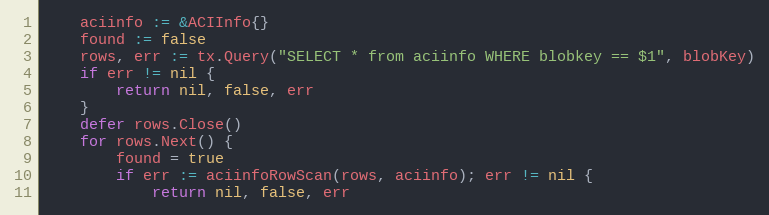
Language: Go
	aciinfo := &ACIInfo{}
	found := false
	rows, err := tx.Query("SELECT * from aciinfo WHERE blobkey == $1", blobKey)
	if err != nil {
		return nil, false, err
	}
	defer rows.Close()
	for rows.Next() {
		found = true
		if err := aciinfoRowScan(rows, aciinfo); err != nil {
			return nil, false, err